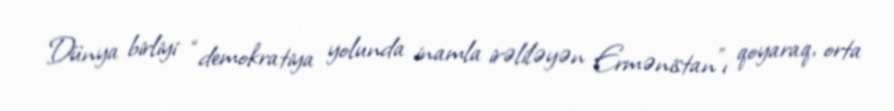
Dünya birliyi “demokratiya yolunda inamla irəliləyən Ermənistan”ı qoyaraq, orta